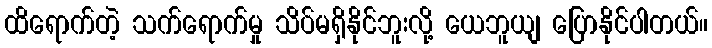
ထိရောက်တဲ့ သက်ရောက်မှု သိပ်မရှိနိုင်ဘူးလို့ ယေဘူယျ ပြောနိုင်ပါတယ်။